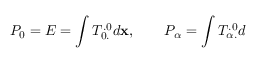
P _ { 0 } = E = \int T _ { 0 . } ^ { . 0 } d { \bf x } , \qquad P _ { \alpha } = \int T _ { \alpha . } ^ { . 0 } d